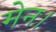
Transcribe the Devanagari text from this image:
मेन।